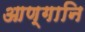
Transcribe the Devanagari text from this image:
आण्गानि